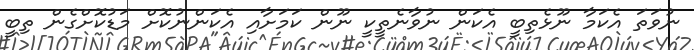
ނުވަތަ އެކަމާ ނޫޅެތިބީ އެކަން ނުވާނެތީކީ ނޫން ކަމަށާއި އެކަންނުކޮށް މަޑުކޮށްގެން ތިބީ